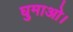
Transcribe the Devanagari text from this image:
घुमाओ।